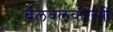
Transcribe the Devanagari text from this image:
बेलवलकरांनी